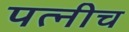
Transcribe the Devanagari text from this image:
पत्नीच